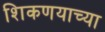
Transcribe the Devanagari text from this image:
शिकणयाच्या